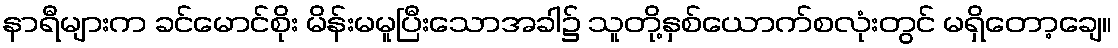
နာရီများက ခင်မောင်စိုး မိန်းမမူပြီးသောအခါ၌ သူတို့နှစ်ယောက်စလုံးတွင် မရှိတော့ချေ။